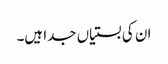
ان کی بستیاں جدا ہیں۔